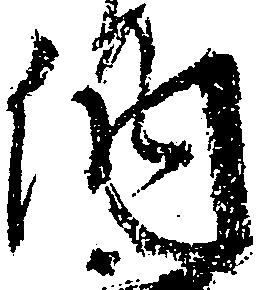
納